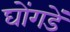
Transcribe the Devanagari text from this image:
घोंगडें